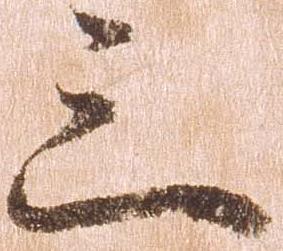
三